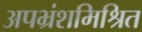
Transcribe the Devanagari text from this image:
अपभ्रंशमिश्रित